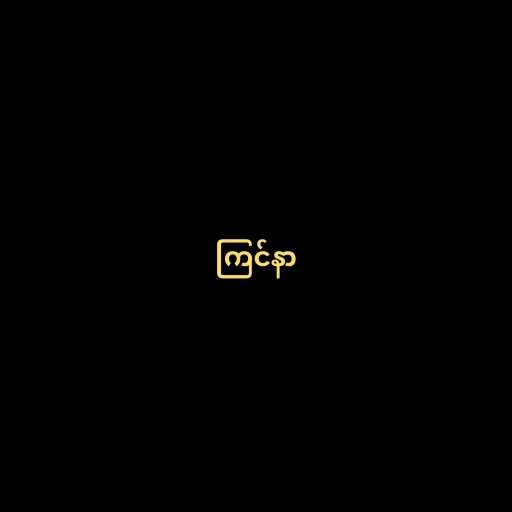
ကြင်နာ